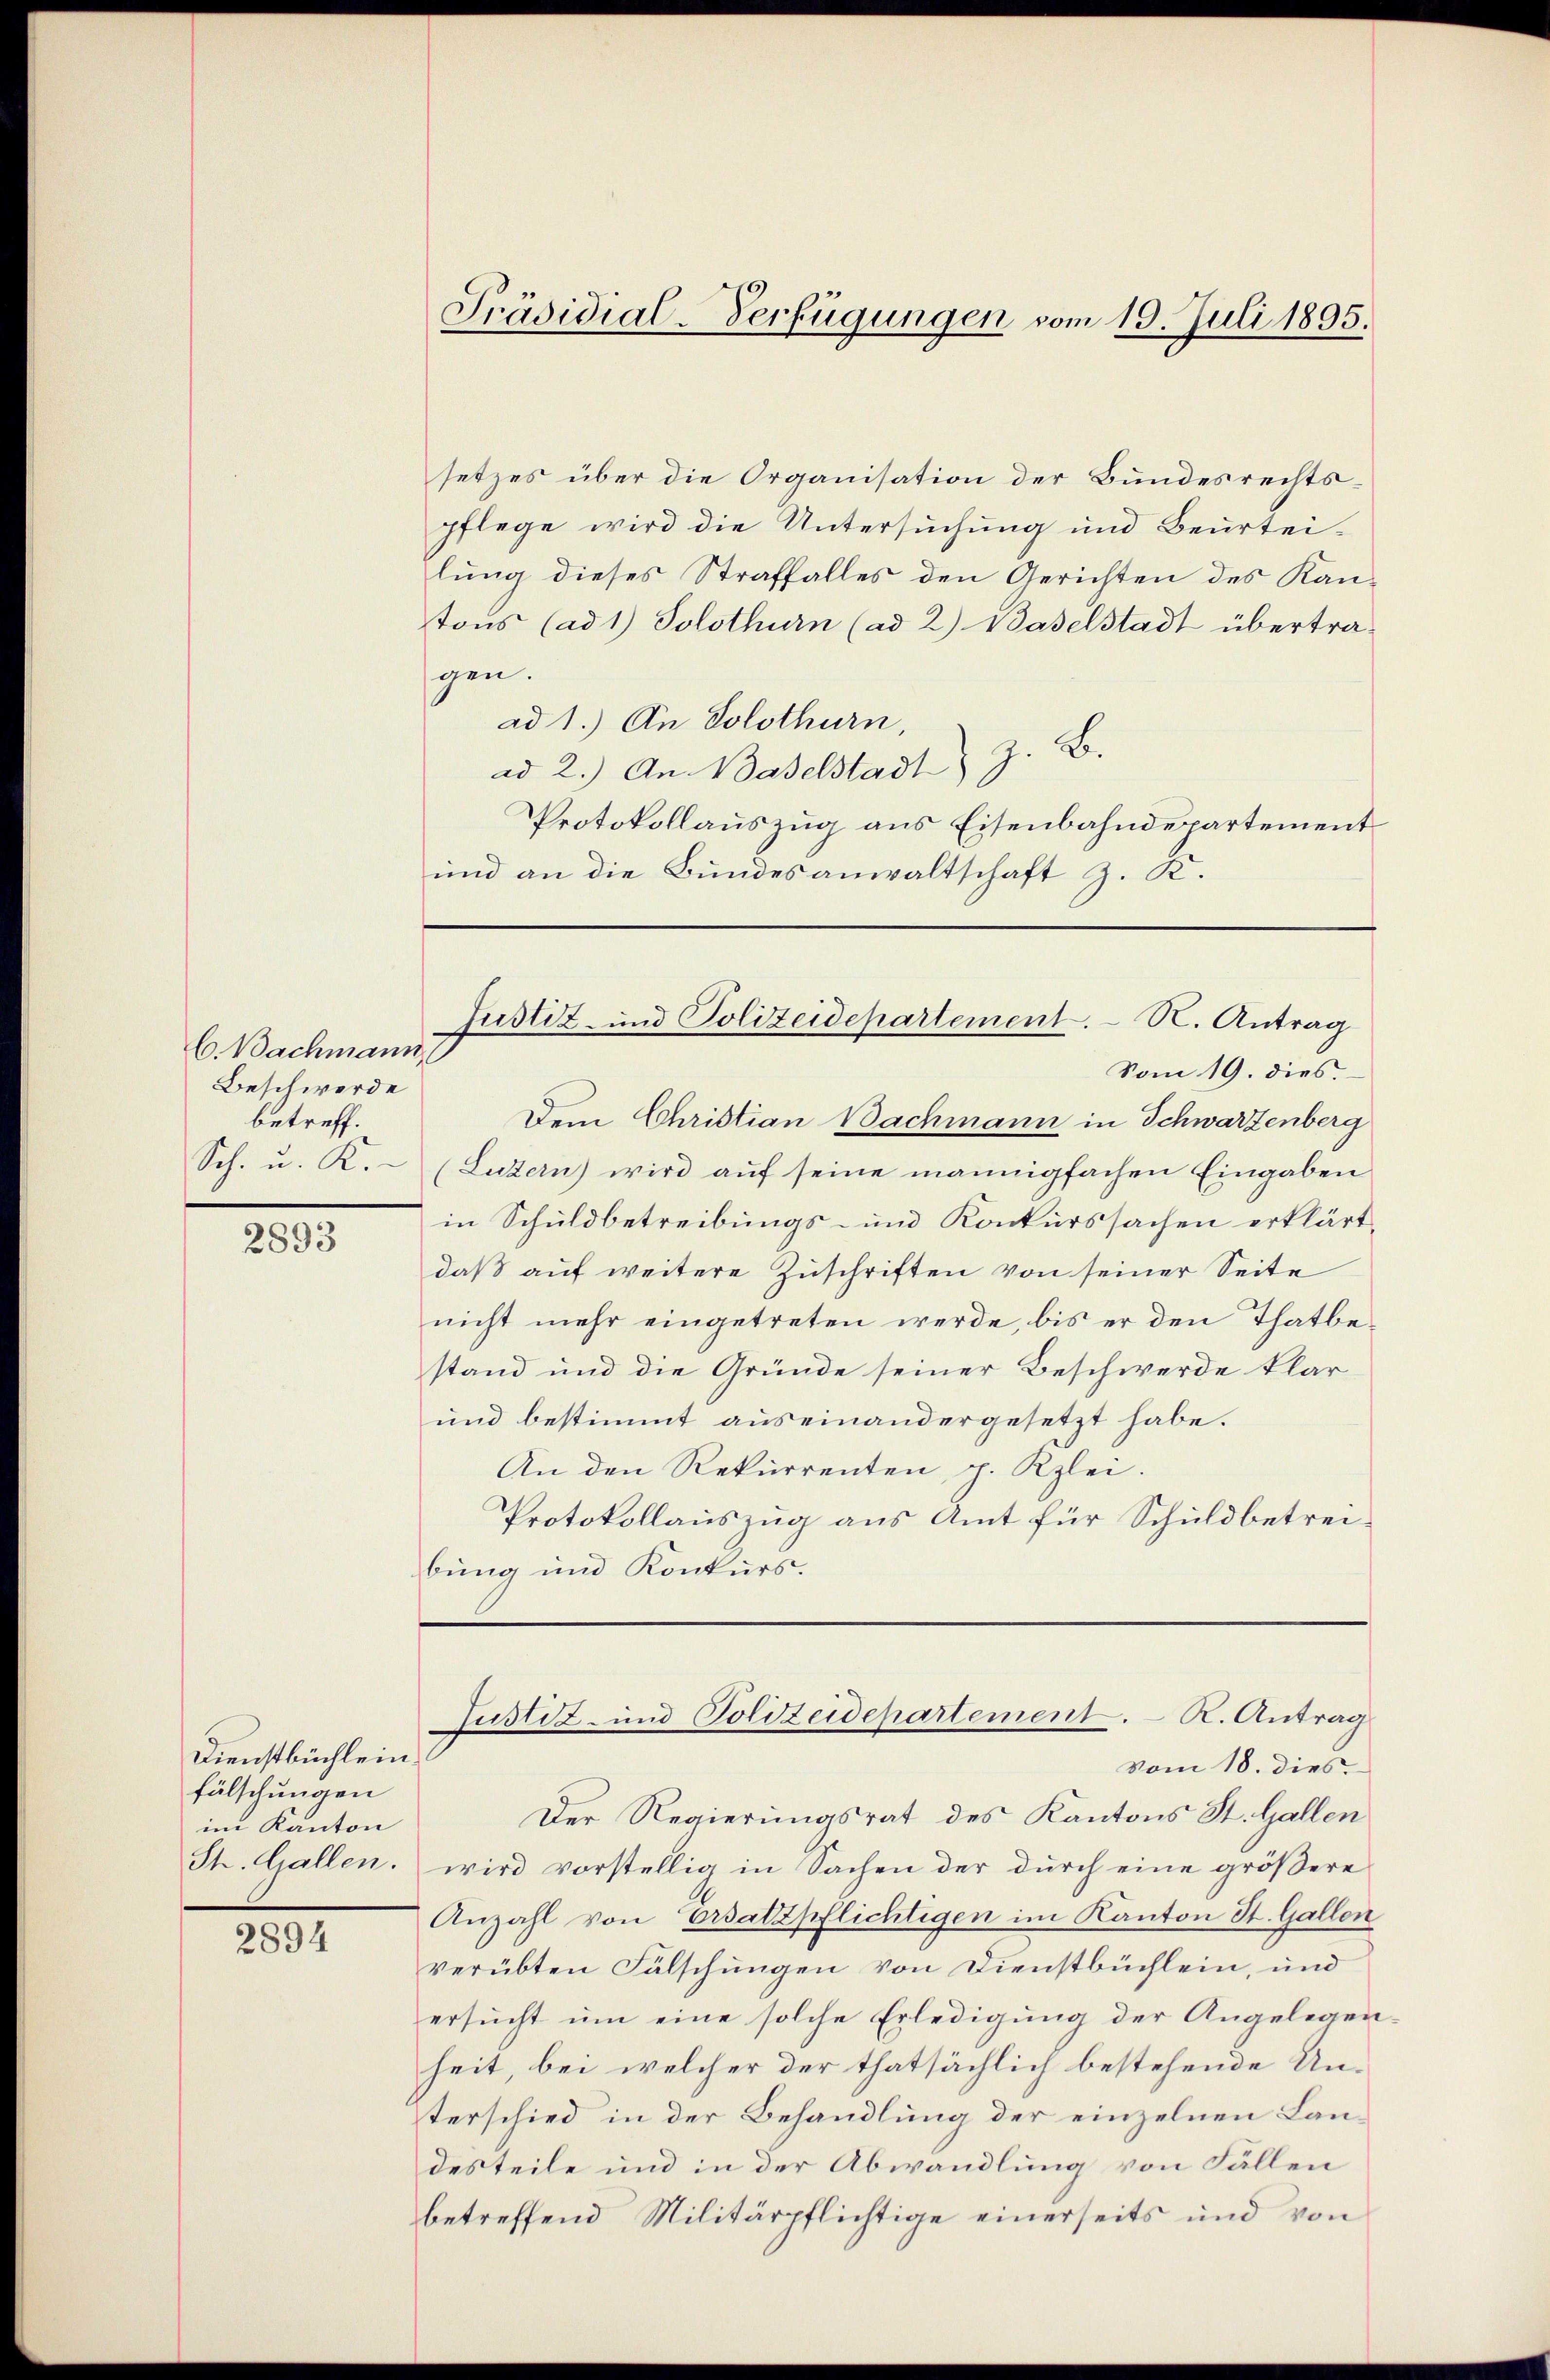
C. Nachmann,
Beschwerde
betreff.
Sch. u. K.

2893

Dienstbüchlein
fälschungen
im Kanton
St. Gallen.

2894

setzes über die Organisation der Bundesrechts-
pflege wird die Untersuchung und Beurteilung dieses Straffalles den Gerichten des Kan-
tous (ad 1) Solothurn (ad 2.) Baselstadt übertra-
gen.
ad 1.) An Solothurn,
ad 2.) An Baselstadt z. B.
Protokollauszug aus Eisenbahndepartement
und an die Bundesanwaltschaft z. K.

Präsidial-Verfügungen vom 19. Juli 1895.

Justiz- und Polizeidepartement. N. Antrag
Vom 19. dies.

Dem Christian Bachmann in Schwarzenberg
(Luzern) wird auf seine mannigfachen Eingaben
in Schuldbetreibungs- und Konkurssachen erklärt
daß auf weitere Zuschriften von seiner Seite
nicht mehr eingetreten werde, bis er den Thatbestand und die Gründe seiner Beschwerde klar
und bestimmt auseinandergesetzt habe.
An den Rekurrenten p. Kzlei.
Protokollauszug aus Amt für Schuldbetreibung und Konkurs.

Justiz- und Polizeidepartement. – K. Antrag

vom 18. dies.
Der Regierungsrat des Kantons St. Gallen
wird vorstellig in Sachen der durch eine größere
Anzahl von Ersatzpflichtigen im Kanton St. Gallen
verübten Fälschungen von Dienstbüchlein, und
ersucht um eine solche Erledigung der Angelegenheit, bei welcher der thatsächlich bestehende Unterschied in der Behandlung der einzelnen Landes teile und in der Abwandlung von Fällen
betreffend Militärpflichtige einerseits und von